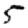
Digit: 5